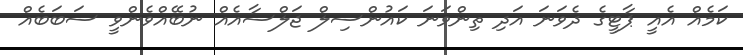
ކަމެއް އެއީ ޕާޓީގެ ދެވަނަ އަދި ތިންވަނަ ކައުންސިލް ޖަލްސާއެއް ނުބޭއްވެންވީ ސަބަބެއް